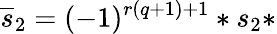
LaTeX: \overline{{{s}}}_{2}=(-1)^{r(q+1)+1}*s_{2}*